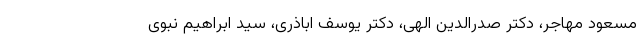
مسعود مهاجر، دکتر صدرالدین الهی، دکتر یوسف اباذری، سید ابراهیم نبوی